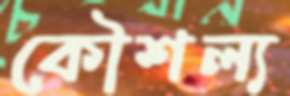
কৌশল্য